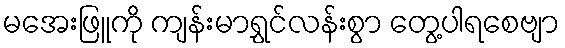
မအေးဖြူကို ကျန်းမာရွှင်လန်းစွာ တွေ့ပါရစေဗျာ